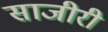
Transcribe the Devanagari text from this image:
साजीरी